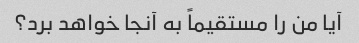
آیا من را مستقیماً به آنجا خواهد برد؟